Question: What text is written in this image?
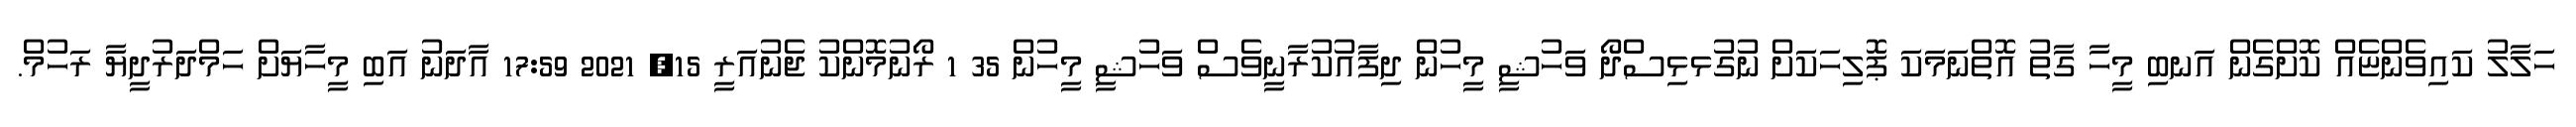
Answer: ހަލާލު ކައިވެންޏެއް ކޮށްގެން އަނބި މީހާ ގާތު އޮތްނަމަކަ ޕޮލިހަކަށް ނުގުޅޅިސްދޯ ވަހުޝީ މީހުން ދިފާއުކުރާނީވެސް ވަހުޝީ މީހުން 35 1 ރޯނުމޮންކު ޖެނުއަރީ 15, 2021 17:59 އާދަނު އަބި މީހާޔަށް ހަމްދަރުދީޔާ ރަހުމް.